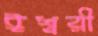
ঈশ্বরী